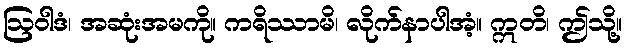
ဩဝါဒံ၊ အဆုံးအမကို။ ကရိဿာမိ၊ လိုက်နာပါအံ့။ ဣတိ၊ ဤသို့။